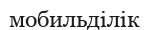
мобильділік